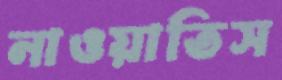
নাওয়াতিস